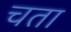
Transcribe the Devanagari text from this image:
चता